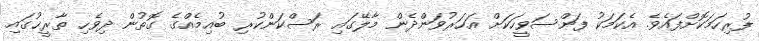
ފުރިހަމަކޮށްފައެވެ. އެކަމަކު ފަންސަވީހަކަށް އަހަރުވަންދެން މާލޭގައި ރަސްކަންކުރި ބުއިމެއްގެ ގޮތުން ދިވެހި ތާރީޚުގައި